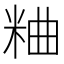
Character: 粬